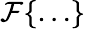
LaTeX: \mathcal{F}\{ \ldots\}